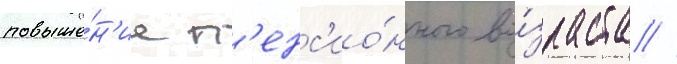
повыше́н'ие п'енс'ио́нного во́зраста //